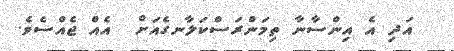
އަދި އެ އިންސާނާ ތިމަންރަސްކަލާނގެއަށް  އެއް ޖެއްސެވެ.